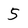
Character: 5